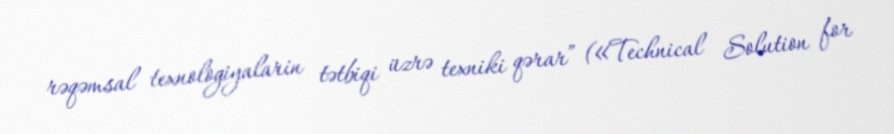
rəqəmsal texnologiyalarin tətbiqi üzrə texniki qərar” («Technical Solution for